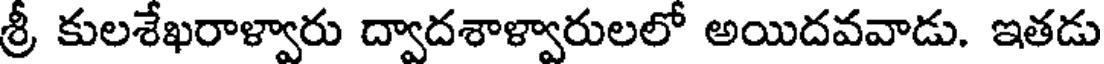
శ్రీ కులశేఖరాళ్వారు ద్వాదశాళ్వారులలో అయిదవవాడు. ఇతడు